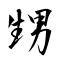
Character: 甥